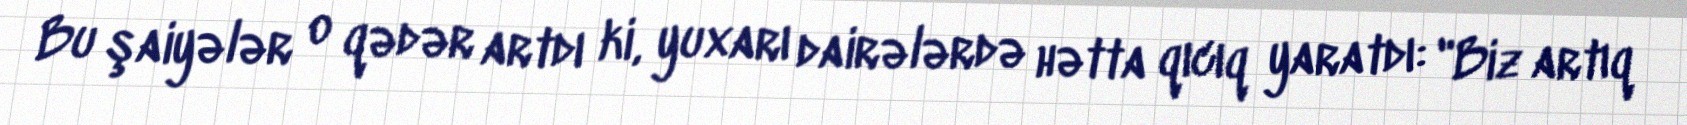
Bu şaiyələr o qədər artdı ki, yuxarı dairələrdə hətta qıcıq yaratdı: "Biz artıq